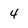
Character: 4